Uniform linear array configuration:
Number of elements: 8
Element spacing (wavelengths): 0.75
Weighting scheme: kaiser
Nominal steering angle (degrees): -45
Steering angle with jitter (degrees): -44.892
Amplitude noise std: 0.05
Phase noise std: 0.05

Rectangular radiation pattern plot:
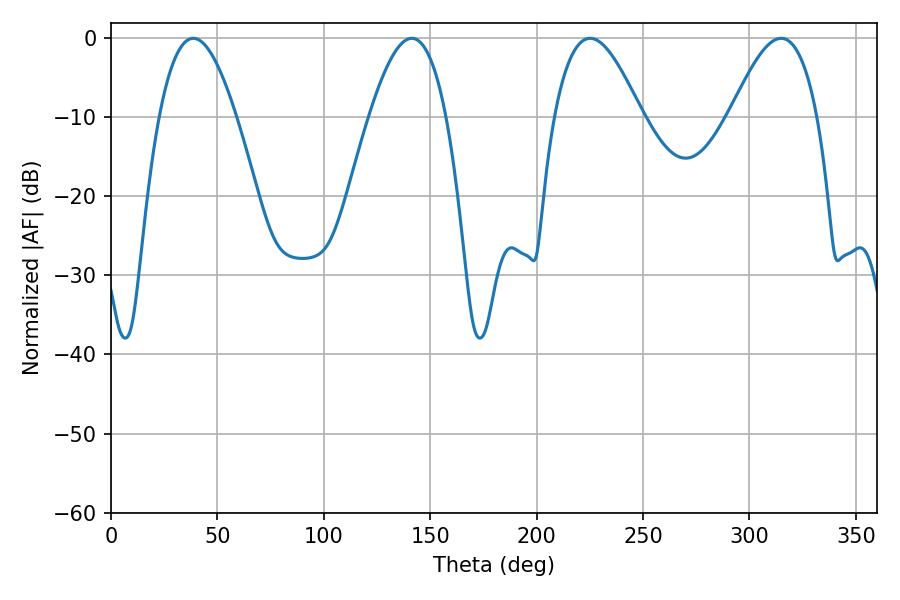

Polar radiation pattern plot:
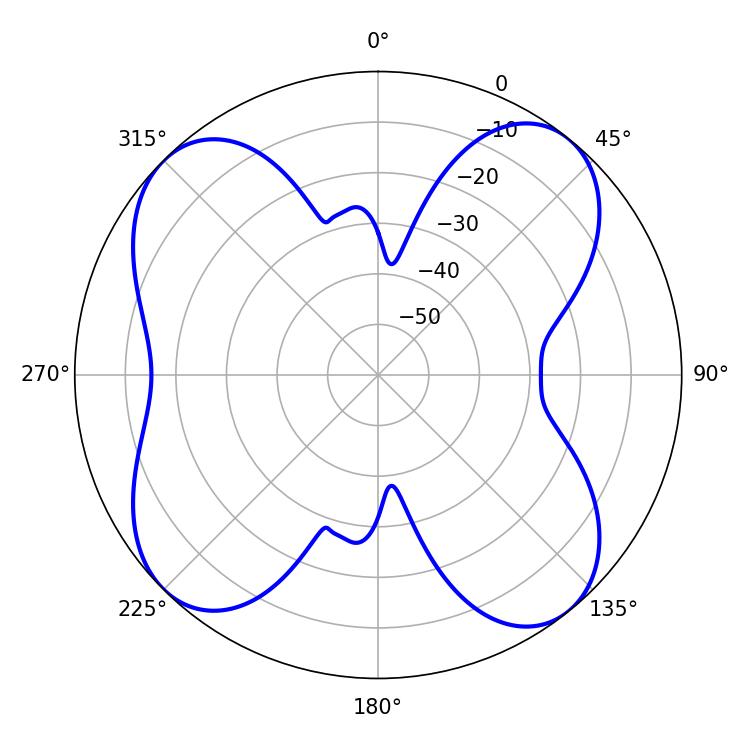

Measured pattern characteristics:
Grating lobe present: TRUE
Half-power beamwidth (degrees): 19.62
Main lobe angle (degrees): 38.7